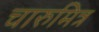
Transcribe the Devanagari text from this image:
चारुमित्र